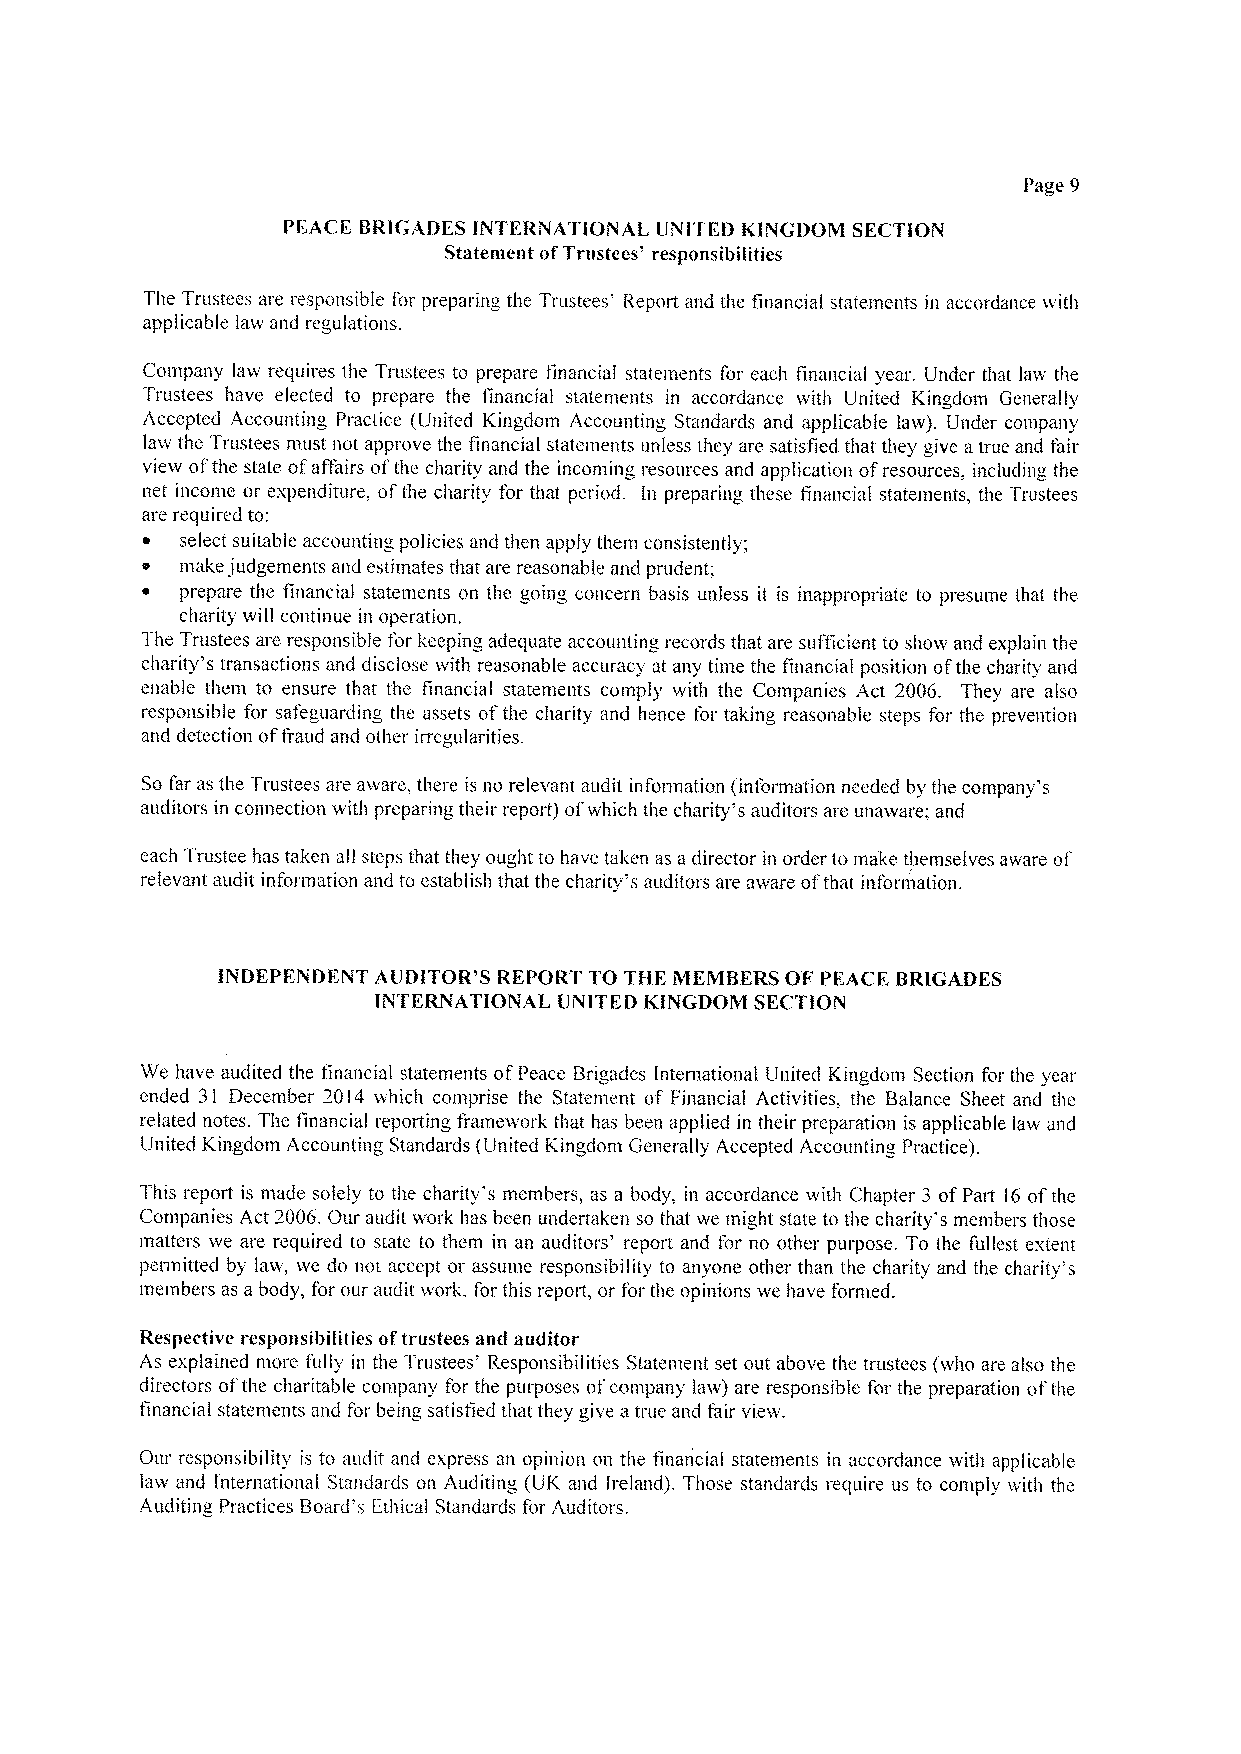
Page 9
 PVACE BRIGADES INTERNATIONAI. UNITED KINGDOM SECTION
 Statenient ofTrustees' responsibilities
 Tlie Trustees are responsible for preparing the Trustees' Report and the financial statements in accordance with
 app!icable law and regulations.
 Cotiipany law requires the Trustees to prepare financial statements for each financial year. Under that law the
 Trustees have elected to prepare the financial statements in accordance with United Kingdom Generally
 Accepted Accounting Practice (United Kingdom Accounting Standards and applicable law). Under company
 law the Trustees must not approve the financial statements unless they are satisfied that they give a true and fair
 view ofthe state ofaffairs ofthe charity and the incoming resources and application ofresources, including the
 net income or evpenditure, ofthe charity for that period. In preparing these financial statements, the Trustees
 are required to:
 select suitable accounting policies and then apply them consistently;
 make judgements and estimates that are reasonable and prudent:
 ~  prepare the financial statements on the going concern basis unless it is inappropriate to presume that the
 charity will continue in operation.
 The Trustees are responsible for keeping adequate accounting records that are sufficient to show and explain the
 charity's transactions and disclose with reasonable accuracy at any time the financial position ofthe charity and
 enable them to ensure that the financial statements comply with the Companies Act 2006. They are also
 responsible for safeguarding the assets ofthe charity and hence for taking reasonable steps for the prevention
 and detection offraud and other irregularities.
 Sofar as the Trustees are aware, there is no relevant audit information (intormation needed by the company's
 auditors in connection with preparing their report) ofv hich the charity's auditors are unaware; and
 each Trustee has taken all steps that they ought to have taken as a director in order to make themselves aware of
 relevant audit information and to establish that the charity's auditors are aware ofthat inforrixation.
 INDEPENDENT AUDITOR'S REPORT TO THE MEMBERS OF PFACE BRIGADES
 INTERNATIONAI UNITED KINGDOM SECTION
 V/e have audited the tmancial statements ofPeace Brigades International United Kingdom Section for the year
 ended 31 December 20I4 which comprise the Statement of Financial Activities, the Balance Sheet and the
 related notes. The financial reporting framework that has been applied in their preparation is applicable law and
 United Kingdom Accounting Standards (United Kingdom Generally Accepted Accounting Practice).
 This report is made solely to the charity's members, as a body, in accordance with Chapter 3 ofPart 16 ofthe
 Companies Act 2006.Our audit work has been undertaken so that we inight state to the charity's members those
 matters we are required to state to them in an auditors' report and tor no other purpose. To the fullest evtent
 permitted by law, we do not accept or assume responsibility to anyone other than the charity and the charity's
 members as a body, for our audit work, for this report, or for the opinions we have formed.
 Respective responsibilities oftrustees and auditor
 As explained more fully in the Trustees' Responsibilities Statement set out above the trustees (who are also the
 directors ofthe charitable company for the purposes ot'company law) are responsible for the preparation ofthe
 financial statements and for being satistiecl that they give atrue and fair view.
 Our responsibility is to audit and express an opinion on the financial statements in accordance with applicable
 law and International Standards on Auditing (UK and Ireland). Those standards require us to comp]y with the
 Auditing Practices Board's Ethical Standards for Auditors.